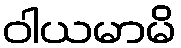
ဝါယမာမိ